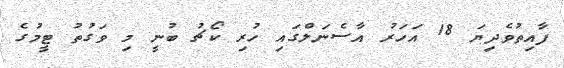
ފާއިތުވެދިޔަ 18 އަހަރު އާސެނަލްގައި ހުރި ކޯޗު ބުނީ މި ވަގުތު ޓީމުގެ